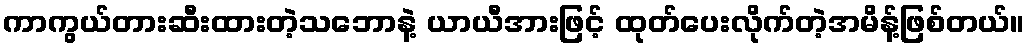
ကာကွယ်တားဆီးထားတဲ့သဘောနဲ့ ယာယီအားဖြင့် ထုတ်ပေးလိုက်တဲ့အမိန့်ဖြစ်တယ်။